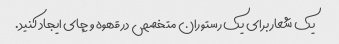
یک شعار برای یک رستوران متخصص در قهوه و چای ایجاد کنید.